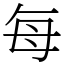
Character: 每